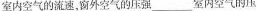
室内空气的流速，窗外空气的压强___室内空气的压